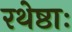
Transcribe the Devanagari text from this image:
रथेष्ठाः